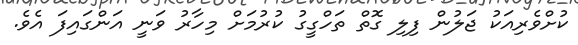
ކުށްވެރިއަކު ޖަލުން ފިލި ގޮތް ތަހްގީގު ކުރުމަށް މިހާރު ވަނީ އަންގައިފަ އެވެ.